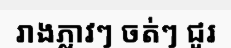
រាងភ្លាវៗ ចត់ៗ ជូរ